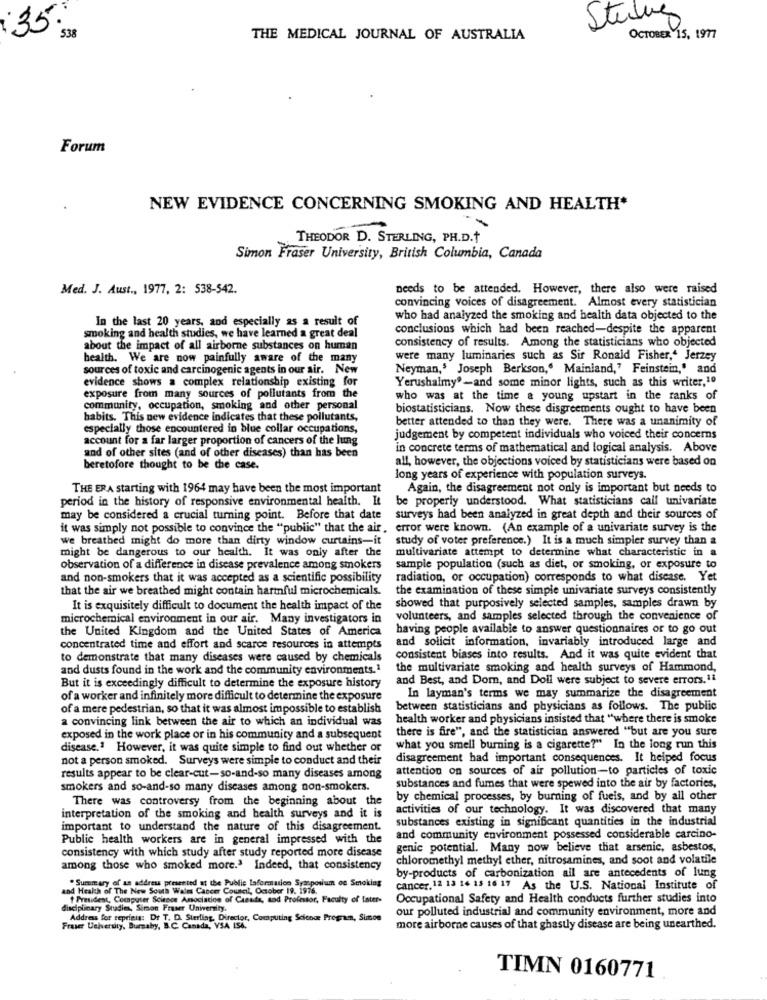
Stelung
THE MEDICAL JOURNAL OF AUSTRALIA
OCTOBER 15, 1977
Forum
NEW EVIDENCE CONCERNING SMOKING AND HEALTH*
THEODOR D. STERLING, PH.D.
Simon Fraser University, British Columbia, Canada
Med. J. Aust ., 1977, 2: 538-542.
needs to be attended. However, there also were raised
convincing voices of disagreement. Almost every statistician
In the last 20 years, and especially as a result of
who had analyzed the smoking and health data objected to the
conclusions which had been reached-despite the apparent
smoking and health studies, we have learned a great deal
consistency of results. Among the statisticians who objected
about the impact of all airborne substances on human
health. We are now painfully aware of the many
were many luminaries such as Sir Ronald Fisher," Jerzey
sources of toxic and carcinogenic agents in our air. New
Neyman,' Joseph Berkson," Mainland," Feinstein,' and
evidence shows a complex relationship existing for
Yerushalmy"-and some minor lights, such as this writer,1º
exposure from many sources of pollutants from the
who was at the time a young upstart in the ranks of
community, occupation, smoking and other personal
biostatisticians. Now these disgreements ought to have been
habits. This new evidence indicates that these pollutants,
better attended to than they were. There was a unanimity of
especially those encountered in blue collar occupations,
account for a far larger proportion of cancers of the lung
judgement by competent individuals who voiced their concerns
in concrete terms of mathematical and logical analysis. Above
and of other sites (and of other diseases) than has been
all, however, the objections voiced by statisticians were based on
beretofore thought to be the case.
long years of experience with population surveys.
THE ERA starting with 1964 may have been the most important
Again, the disagreement not only is important but needs to
period in the history of responsive environmental health. It
be properly understood. What statisticians call univariate
may be considered a crucial turning point. Before that date
surveys had been analyzed in great depth and their sources of
it was simply not possible to convince the "public" that the air.
error were known. (An example of a univariate survey is the
we breathed might do more than dirty window curtains-it
study of voter preference.) It is a much simpler survey than &
might be dangerous to our health. It was only after the
multivariate attempt to determine what characteristic in a
observation of a difference in disease prevalence among smokers
sample population (such as diet, or smoking, or exposure to
and non-smokers that it was accepted as a scientific possibility
radiation, or occupation) corresponds to what disease. Yet
that the air we breathed might contain harmful microchemicals.
the examination of these simple univariate surveys consistently
It is exquisitely difficult to document the health impact of the
showed that purposively selected samples, samples drawn by
microchemical environment in our air. Many investigators in
volunteers, and samples selected through the convenience of
the United Kingdom and the United States of America
having people available to answer questionnaires or to go out
and solicit information, invariably introduced large and
concentrated time and effort and scarce resources in attempts
to demonstrate that many diseases were caused by chemicals
consistent biases into results. And it was quite evident that
and dusts found in the work and the community environments.1
the multivariate smoking and health surveys of Hammond,
and Best, and Dom, and Doll were subject to severe errors. 11
But it is exceedingly difficult to determine the exposure history
of a worker and infinitely more difficult to determine the exposure
In layman's terms we may summarize the disagreement
of a mere pedestrian, so that it was almost impossible to establish
between statisticians and physicians as follows. The public
a convincing link between the air to which an individual was
health worker and physicians insisted that "where there is smoke
there is fire", and the statistician answered "but are you sure
exposed in the work place or in his community and a subsequent
disease.1 However, it was quite simple to find out whether or
what you smell burning is a cigarette?" In the long run this
not a person smoked. Surveys were simple to conduct and their
disagreement had important consequences. It helped focus
attention on sources of air pollution-to particles of toxic
results appear to be clear-cut-so-and-so many diseases among
smokers and so-and-so many diseases among non-smokers.
substances and fumes that were spewed into the air by factories,
There was controversy from the beginning about the
by chemical processes, by burning of fueis, and by all other
activities of our technology. It was discovered that many
interpretation of the smoking and health surveys and it is
substances existing in significant quantities in the industrial
important to understand the nature of this disagreement.
Public health workers are in general impressed with the
and community environment possessed considerable carcino-
consistency with which study after study reported more disease
genic potential. Many now believe that arsenic, asbestos,
chloromethyl methyl ether, nitrosamines, and soot and volatile
among those who smoked more.3 Indeed, that consistency
by-products of carbonization all are antecedents of lung
and Health of The New South Wales Cancer Council, October 19. 1976.
. Summary of an address presented at the Publie laformation Symposium on Smoking
cancer. 12 13 14 13 16 17 As the U.S. National Institute of
President, Computer Science Anociation of Casada, sod Professor, Faculty of Ister-
Occupational Safety and Health conducts further studies into
disciplinary Studie, Simon Fraser University,
our polluted industrial and community environment, more and
Address for seprinig: Dr T. D. Sterflag, Director, Computing Science Program, Sinon
Fraser University, Bursaby, B.C. Canada, VSA LS6.
more airborne causes of that ghastly disease are being unearthed.
TIMN 0160771